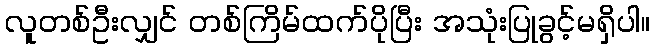
လူတစ်ဦးလျှင် တစ်ကြိမ်ထက်ပိုပြီး အသုံးပြုခွင့်မရှိပါ။